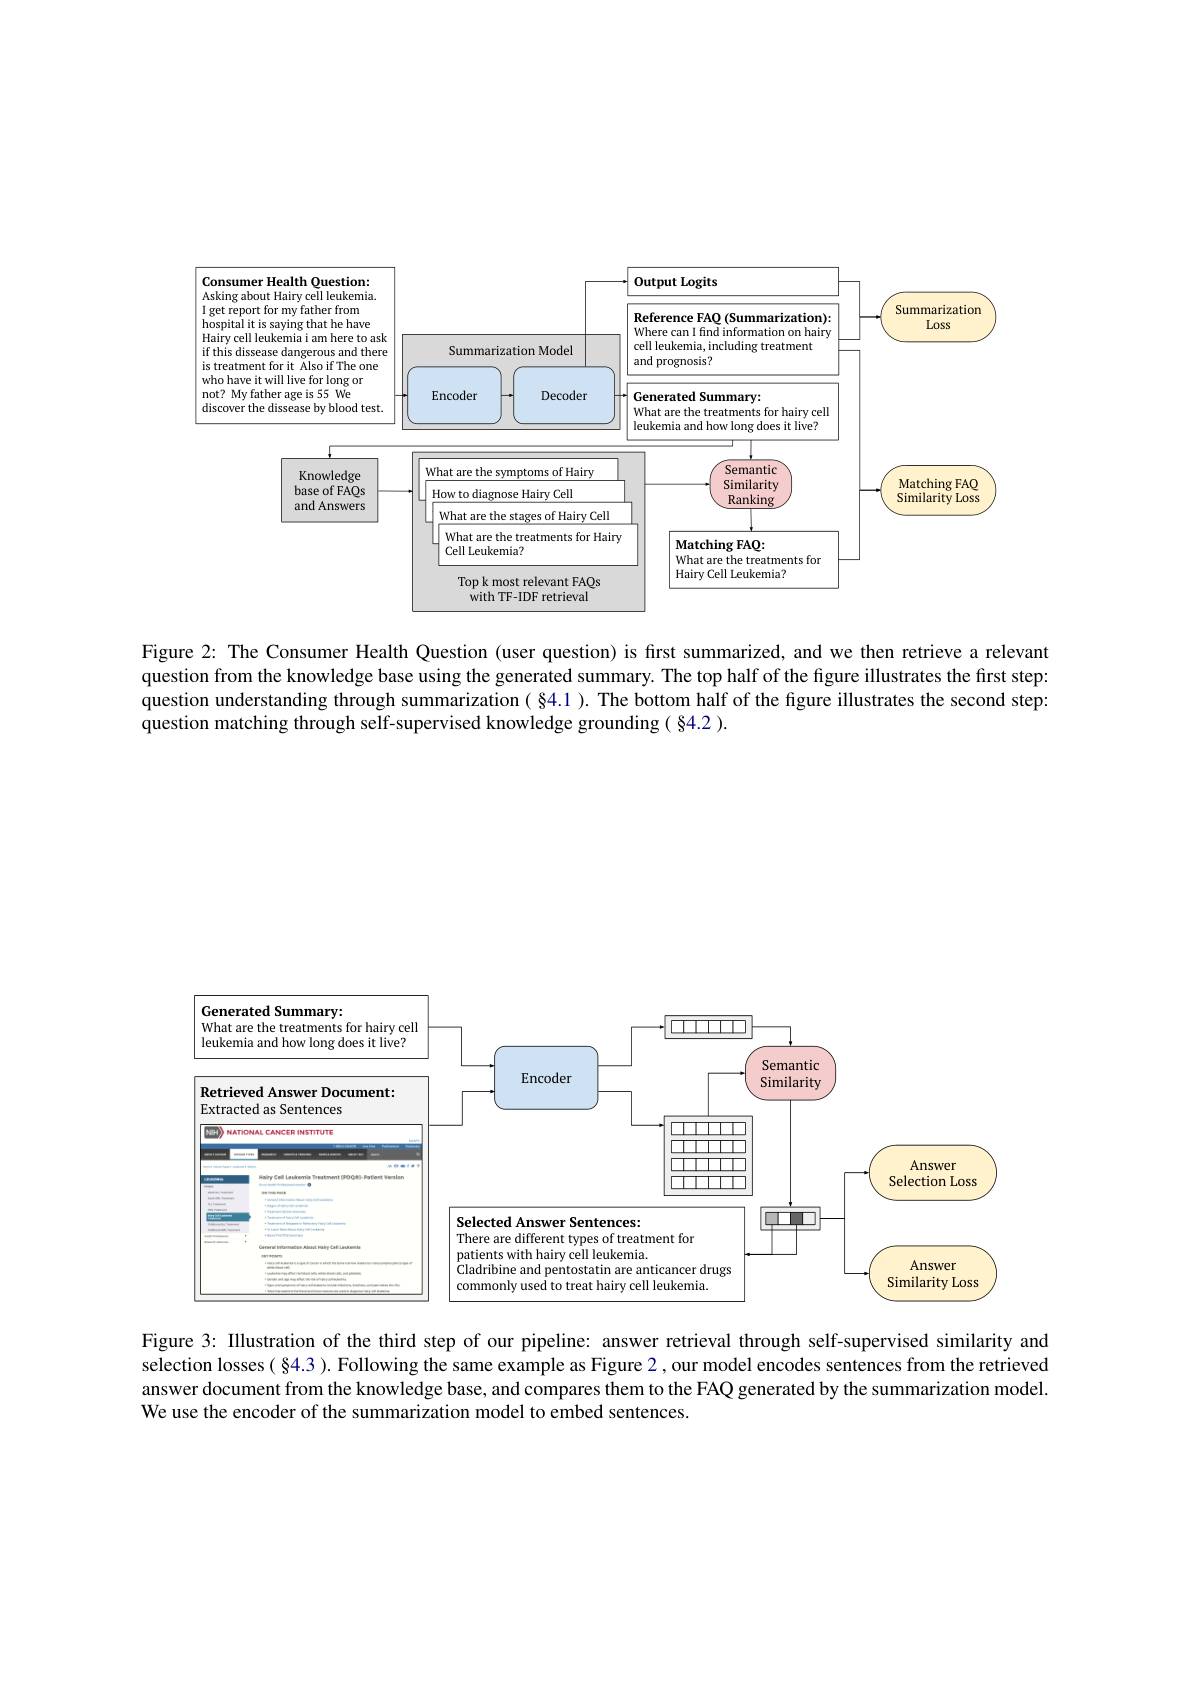
<FigureHere>

Figure 2: The Consumer Health Question (user question) is first summarized, and we then retrieve a relevant question from the knowledge base using the generated summary. The top half of the figure illustrates the first step: question understanding through summarization (84.1). The bottom half of the fgure illustrates the second step: $\hat{\text{question matching through self-supervised knowledge grounding( §4.2 ).}}$

<FigureHere>

Figure 3: Illustration of the third step of our pipeline: answer retrieval through self-supervised similarity and selection losses $(§4.3).$ Following the same example as Figure 2, our model encodes sentences from the retrieved answer document from the knowledge base, and compares them to the FAQ generated by the summarization model We use the encoder of the summarization model to embed sentences.